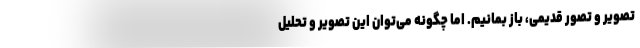
تصویر و تصور قدیمی، باز بمانیم. اما چگونه می‌توان این تصویر و تحلیل